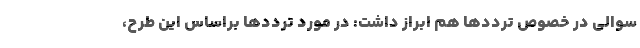
سوالی در خصوص ترددها هم ابراز داشت: در مورد ترددها براساس این طرح،